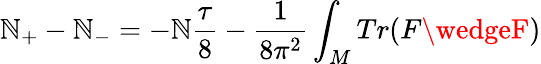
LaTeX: \mathbb{N}_{+}-\mathbb{N}_{-}=-\mathbb{N}{\frac{{\tau}}{{8}}}-{\frac{{1}}{{8\pi^{2}}}}\int_{M}Tr(F\wedgeF)